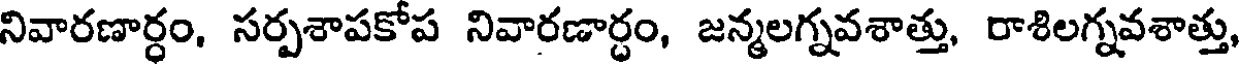
నివారణార్ధం, సర్పశాపకోప నివారణార్ధం, జన్మలగ్నవశాత్తు, రాశిలగ్నవశాత్తు,